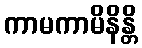
ကာမကာမိနိန္တိ